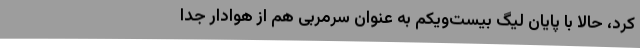
کرد، حالا با پایان لیگ بیست‌ویکم به عنوان سرمربی هم از هوادار جدا